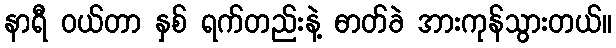
နာရီ ဝယ်တာ နှစ် ရက်တည်းနဲ့ ဓာတ်ခဲ အားကုန်သွားတယ်။